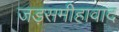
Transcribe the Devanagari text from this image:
जड़समीहावाद